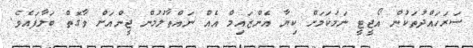
ސަރަހައްދުތަކުން އޯޖީޓީ ނަމަކަމަށް ކިޔާ އެންޒައިމް އެއް ނައްތާލުމުން ޖީންއަށް ވާގޮތް ބަލާފައެވެ.